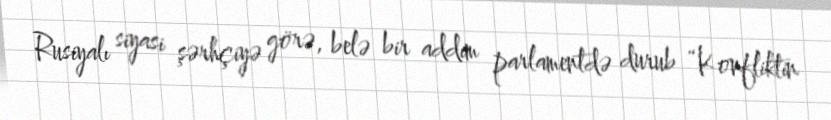
Rusiyalı siyasi şərhçiyə görə, belə bir addım parlamentdə durub “Konfliktin